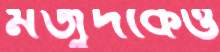
মজুদকেও